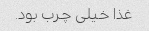
غذا خیلی چرب بود.